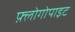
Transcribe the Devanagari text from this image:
फ़्लोगोपाइट